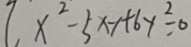
[ x ^ { 2 } - 5 x - 1 + 6 y ^ { 2 } = 0